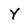
Character: Y